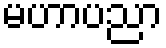
မဟာပညာ